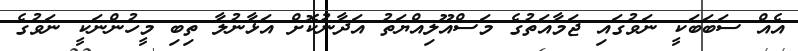
އެއް ސަބަބަކީ ނަވުގައި ޖަމާއަތުގެ މަސްއޫލިއްޔަތު އަދާނުކޮށް އަޅާނުލާ ތިބި މީހުންނަކީ ނަވުގެ